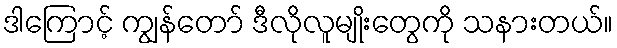
ဒါကြောင့် ကျွန်တော် ဒီလိုလူမျိုးတွေကို သနားတယ်။